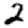
Digit: 2